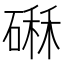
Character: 𥕆